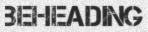
BEHEADING